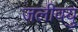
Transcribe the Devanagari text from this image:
जलीवयु